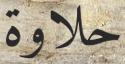
حلاوة